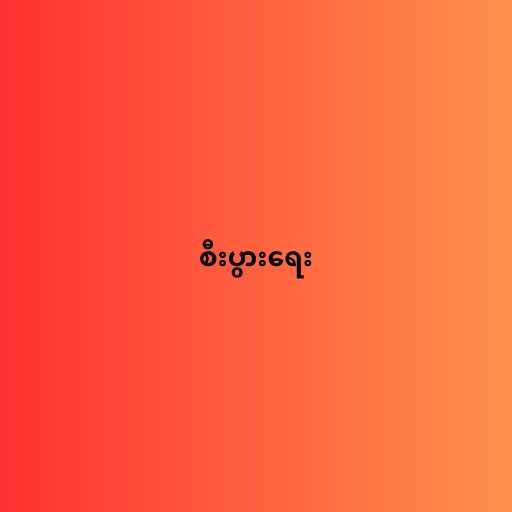
စီးပွားရေး